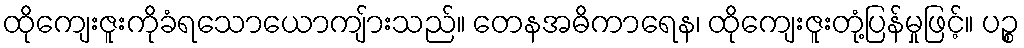
ထိုကျေးဇူးကိုခံရသောယောကျ်ားသည်။ တေနအဓိကာရေန၊ ထိုကျေးဇူးတုံ့ပြန်မှုဖြင့်။ ပဉ္စ